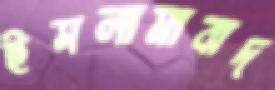
ইসলামাবাদ